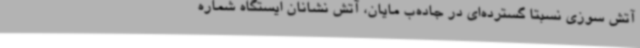
آتش سوزی نسبتا گسترده‌ای در جاده‌ب مایان، آتش نشانان ایستگاه شماره